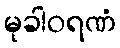
မုခါဝရဏံ